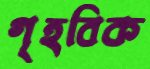
গৃহবিক